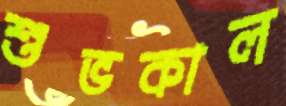
শুভকাল